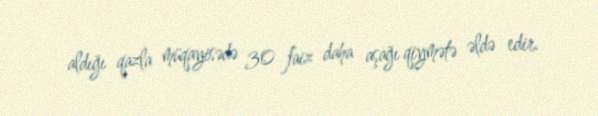
aldığı qazla müqayisədə 30 faiz daha aşağı qiymətə əldə edir.